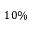
1 0 \%